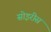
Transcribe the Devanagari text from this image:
सोइरीस